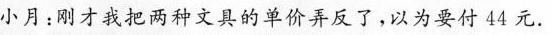
小月：刚才我把两种文具的单价弄反了，以为要付44元。